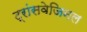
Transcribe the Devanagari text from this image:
ट्रांसवेजिनल